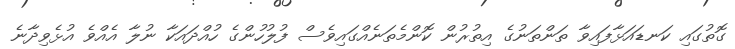
ގޮތުގައި ކަނޑައަޅާފައިވާ ތަންތަނުގެ އިތުރުން ކޮންމެތަނެއްގައިވެސް ފުލުހުންގެ ހުއްދައަކާ ނުލާ އެއްވެ އުޅެވިދާނެ